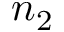
n _ { 2 }